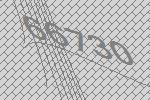
66730